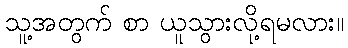
သူ့အတွက် စာ ယူသွားလို့ရမလား။